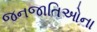
જનજાતિઓના